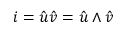
{ i } = { \hat { u } } { \hat { v } } = { \hat { u } } \wedge { \hat { v } }